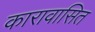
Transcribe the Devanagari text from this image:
कारावासित